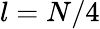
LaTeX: l=N/4